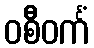
ဝစီဝင်္ကံ